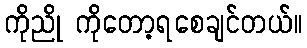
ကိုညို ကိုတော့ရစေချင်တယ်။